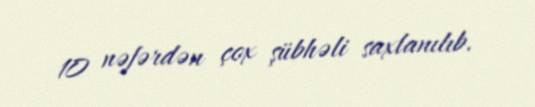
10 nəfərdən çox şübhəli saxlanılıb.